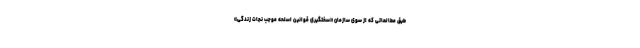
طبق مطالعاتی که از سوی سازمان «سختگیری قوانین اسلحه موجب نجات زندگی»